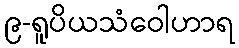
၉-ရူပိယသံဝေါဟာရ